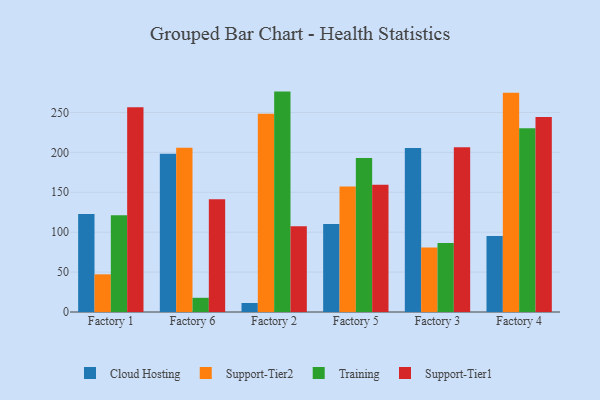
{"axis": {"x": "Factory", "y": "Operating Costs (USD K)"}, "legend": ["Cloud Hosting", "Support-Tier1", "Support-Tier2", "Training"], "data": [{"x": "Factory 1", "y": 122.7, "type": "Cloud Hosting"}, {"x": "Factory 1", "y": 47.2, "type": "Support-Tier2"}, {"x": "Factory 1", "y": 121.1, "type": "Training"}, {"x": "Factory 1", "y": 256.5, "type": "Support-Tier1"}, {"x": "Factory 6", "y": 198.2, "type": "Cloud Hosting"}, {"x": "Factory 6", "y": 205.7, "type": "Support-Tier2"}, {"x": "Factory 6", "y": 17.8, "type": "Training"}, {"x": "Factory 6", "y": 141.2, "type": "Support-Tier1"}, {"x": "Factory 2", "y": 11.3, "type": "Cloud Hosting"}, {"x": "Factory 2", "y": 248.5, "type": "Support-Tier2"}, {"x": "Factory 2", "y": 276.1, "type": "Training"}, {"x": "Factory 2", "y": 107.3, "type": "Support-Tier1"}, {"x": "Factory 5", "y": 110.3, "type": "Cloud Hosting"}, {"x": "Factory 5", "y": 157.3, "type": "Support-Tier2"}, {"x": "Factory 5", "y": 193.0, "type": "Training"}, {"x": "Factory 5", "y": 159.5, "type": "Support-Tier1"}, {"x": "Factory 3", "y": 205.4, "type": "Cloud Hosting"}, {"x": "Factory 3", "y": 80.8, "type": "Support-Tier2"}, {"x": "Factory 3", "y": 86.5, "type": "Training"}, {"x": "Factory 3", "y": 206.3, "type": "Support-Tier1"}, {"x": "Factory 4", "y": 95.3, "type": "Cloud Hosting"}, {"x": "Factory 4", "y": 274.8, "type": "Support-Tier2"}, {"x": "Factory 4", "y": 230.1, "type": "Training"}, {"x": "Factory 4", "y": 244.4, "type": "Support-Tier1"}]}